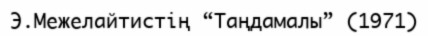
Э.Межелайтистің “Таңдамалы” (1971)